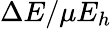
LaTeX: \Delta E/\mu E_{h}